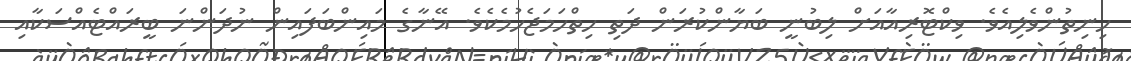
ހިނިތުންވެލިއެވެ. ވިކްޓޮރިއާއަށް ލިބުނީ ބަޔާންކުރަން ދަތި ހިތްހަމަޖެހުމެކެވެ. އޭނާގެ މައިންބަފައިން ނުދަންނަ ބީރައްޓެއްސަކާއި